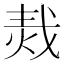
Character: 𤈮